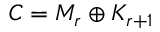
C = M _ { r } \oplus K _ { r + 1 }